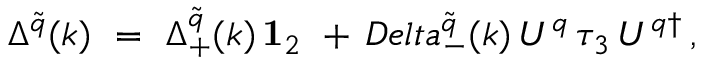
\Delta ^ { \tilde { q } } ( k ) \ = \ \Delta _ { + } ^ { \tilde { q } } ( k ) \, { \bf 1 } _ { 2 } \ + \, D e l t a _ { - } ^ { \tilde { q } } ( k ) \, U ^ { q } \, \tau _ { 3 } \, U ^ { q \dagger } \, ,